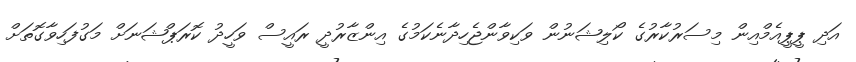
އަދި ޕީޕީއެމްއިން މިސަރުކާރުގެ ކޯލިޝަނުން ވަކިވާންޖެހިދާނެކަމުގެ އިންޒާރުދީ ރައީސް ވަހީދު ކޮރަޕްޝަނަށް މަގުފަހިވާގޮތަށް